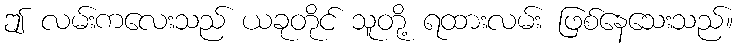
ဤ လမ်းကလေးသည် ယခုတိုင် သူတို့ ရထားလမ်း ဖြစ်နေသေးသည်။